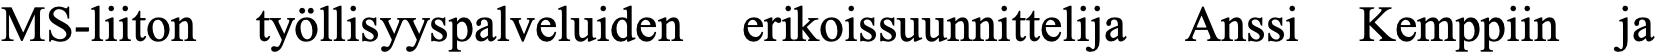
MS-liiton työllisyyspalveluiden erikoissuunnittelija Anssi Kemppiin ja